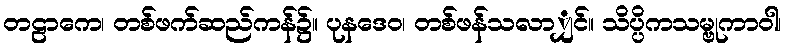
တဠာကေ၊ တစ်ဖက်ဆည်ကန်၌။ ပုနဒေဝ၊ တစ်ဖန်သလာျှင်။ သိပ္ပိကသမ္ဗုကာဝါ၊